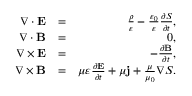
\begin{array} { r l r } { \nabla \cdot \mathbf { E } } & { = } & { \frac { \rho } { \varepsilon } - \frac { \varepsilon _ { 0 } } { \varepsilon } \frac { \partial S } { \partial t } , } \\ { \nabla \cdot \mathbf { B } } & { = } & { 0 , } \\ { \nabla \times \mathbf { E } } & { = } & { - \frac { \partial \mathbf { B } } { \partial t } , } \\ { \nabla \times \mathbf { B } } & { = } & { \mu \varepsilon \frac { \partial \mathbf { E } } { \partial t } + \mu \mathbf { j } + \frac { \mu } { \mu _ { 0 } } \nabla S . } \end{array}